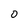
Character: 0